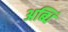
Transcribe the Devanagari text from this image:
अब्धिं